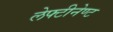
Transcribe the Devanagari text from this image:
लेफ्टीनेण्ट